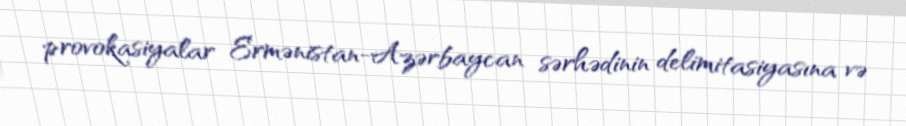
provokasiyalar Ermənistan-Azərbaycan sərhədinin delimitasiyasına və